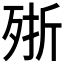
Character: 𣨋